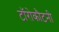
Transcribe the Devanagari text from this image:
टॉरोकौटनी